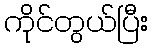
ကိုင်တွယ်ပြီး